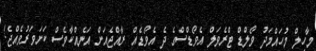
މާހިލް މުހައްމަދު ވޯލްޑް ޓްރެވަލް އެވޯޑްސްގެ ދެ އެވޯޑެއް ރާއްޖެއަށް އަނެއްކާވެސް ކަށަވަރުވެއްޖެ!